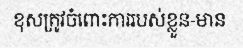
ខុសត្រូវចំពោះការរបស់ខ្លួន-មាន